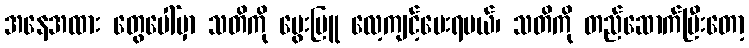
အနေအထား တွေပေါ်မှာ သတိကို မွေးမြူ လေ့ကျင့်ပေးရမယ်၊ သတိကို တည်ဆောက်ပြီးတော့